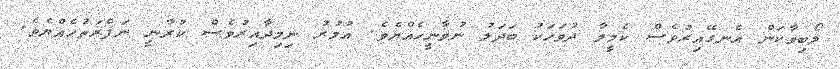
ލޯބިވާކަން އެނގޭއިރުވެސް ކެމީލާ ދުވަހަކު ބަދަލު ނުވާނީހެއްޔެވެ. އުމުރު ނިމިދާއިރުވެސް ކުރާނީ ނަފްރަތުހެއްޔެވެ.